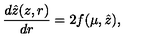
\frac { d \hat { z } ( z , r ) } { d r } = 2 f ( \mu , \hat { z } ) ,